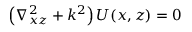
\left( \nabla _ { x z } ^ { 2 } + k ^ { 2 } \right) U ( x , z ) = 0